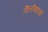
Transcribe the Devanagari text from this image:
डिलीवरियों